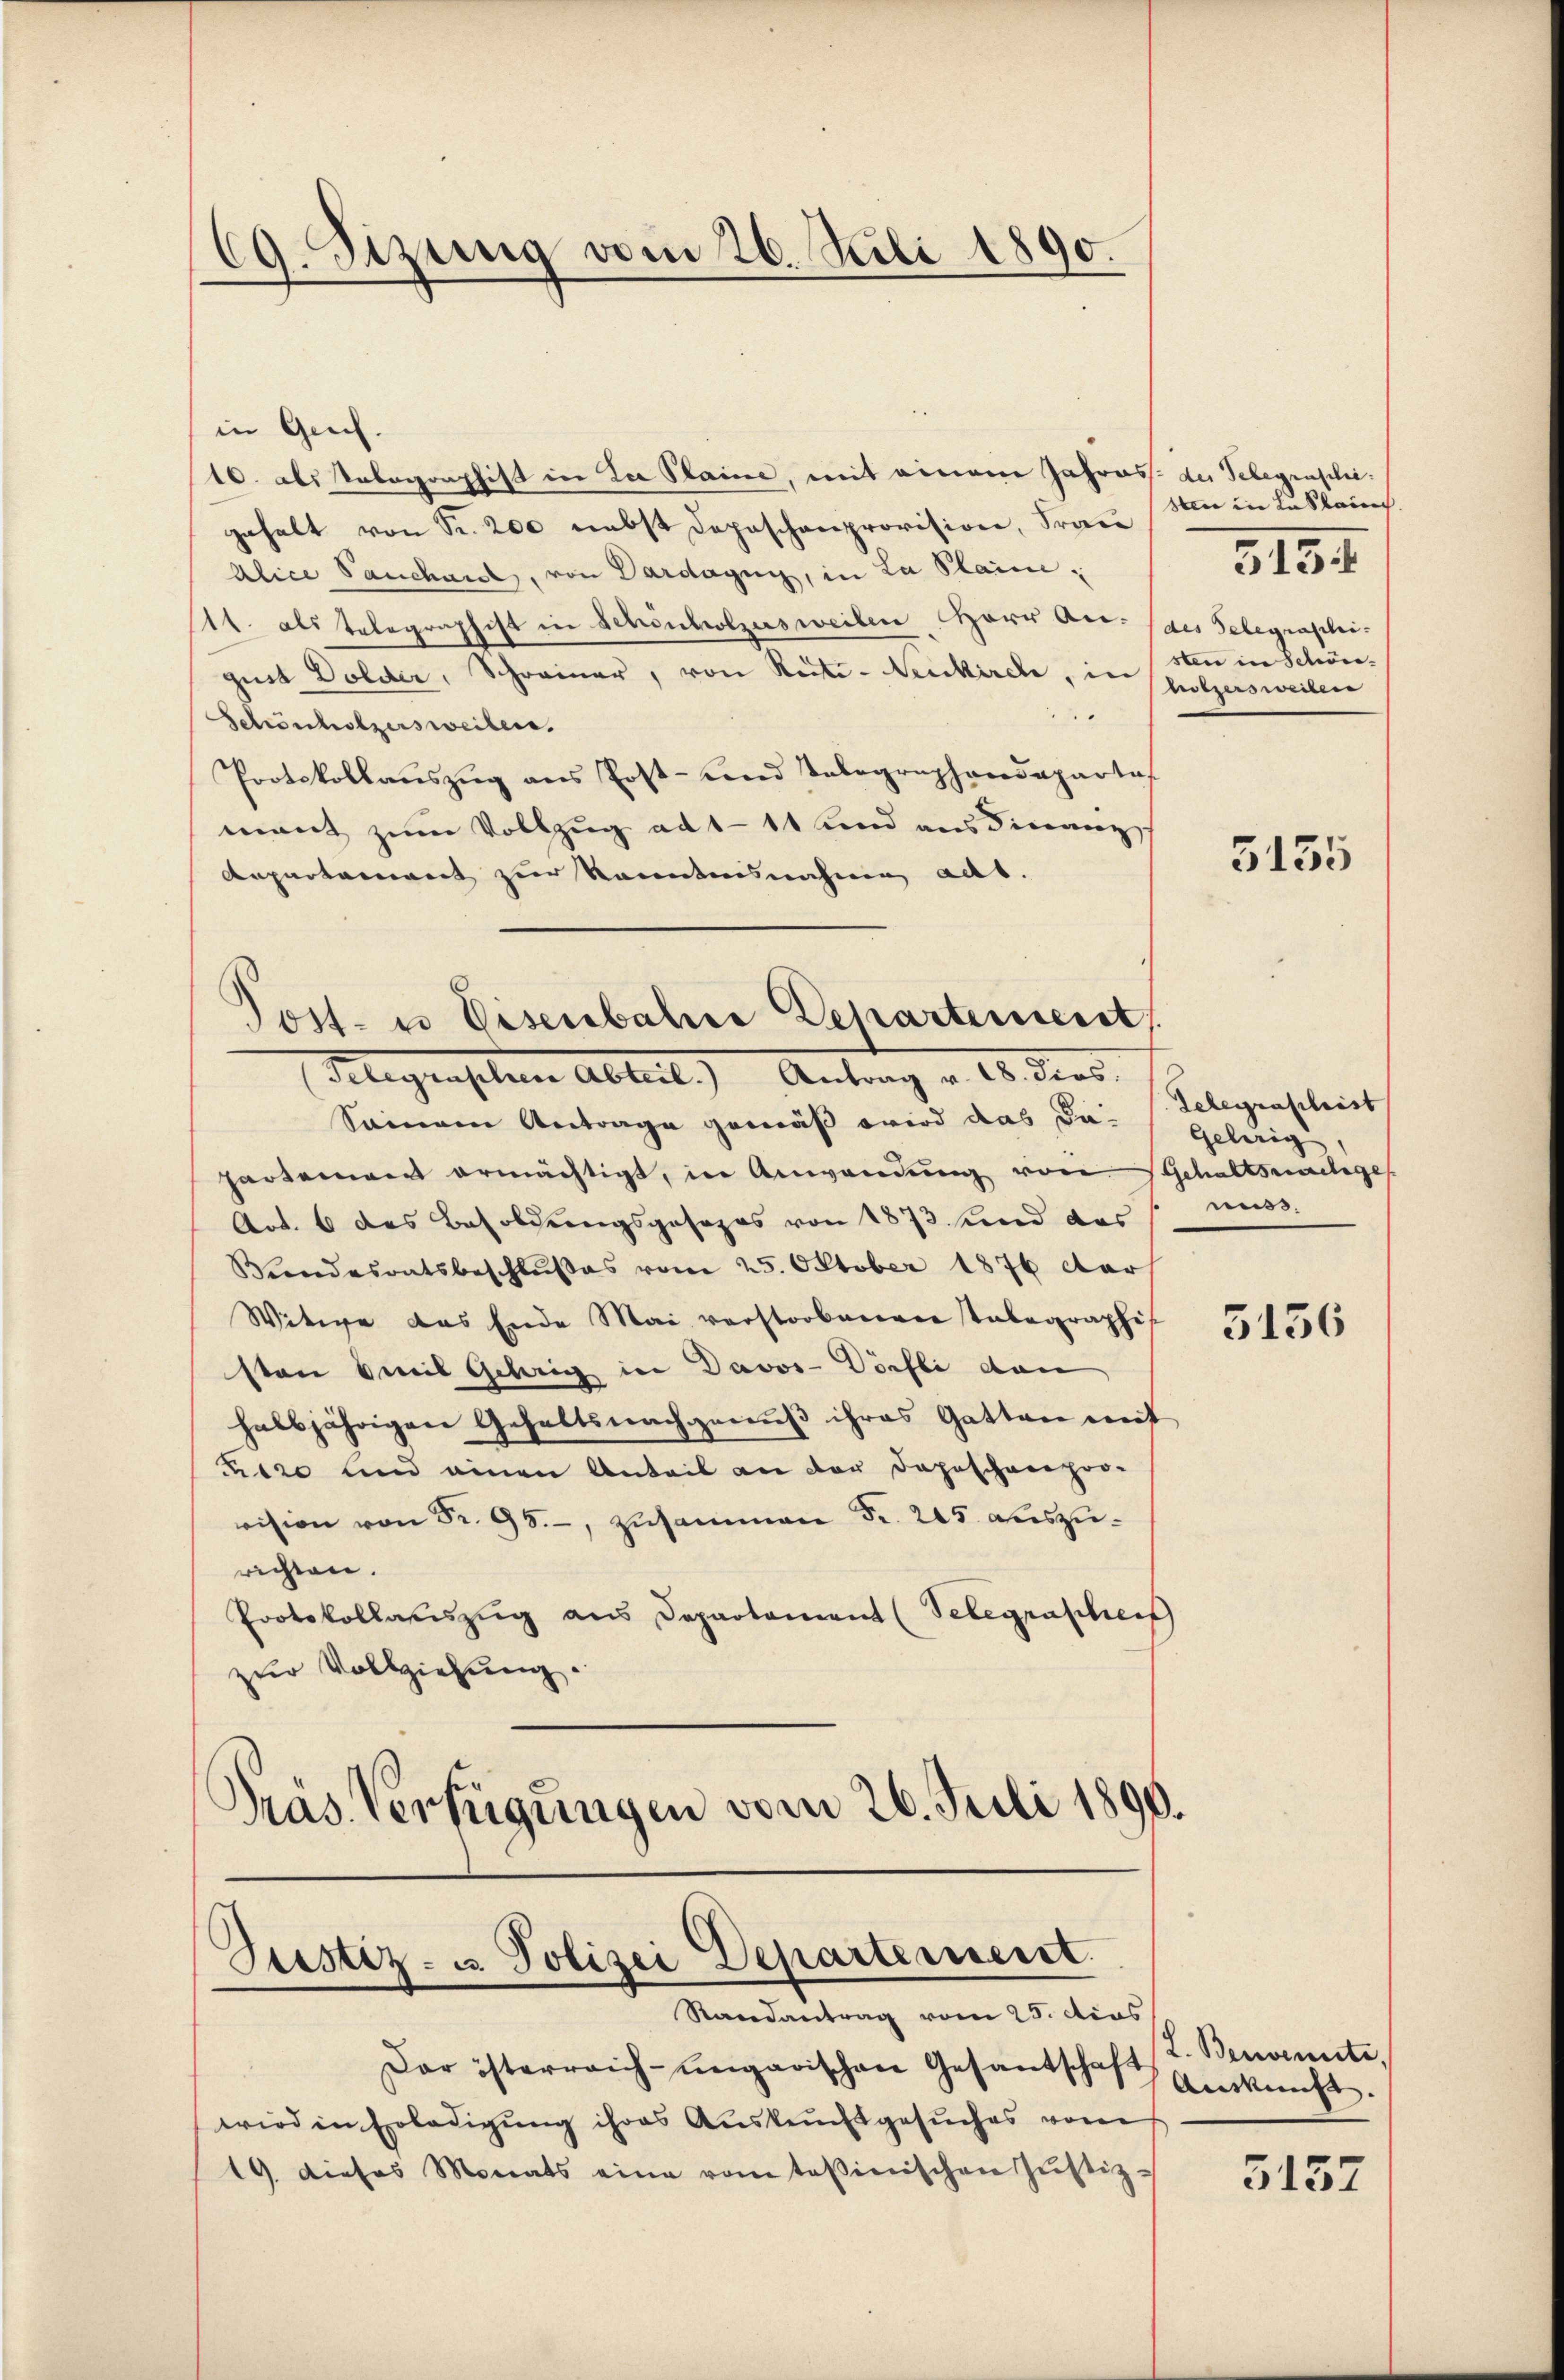
69. Sizung vom 26. Juli 1890.

in Greif.
10. als Tabogorphist in Zu Staine, mit einem Jahres der Telegrascheigehalt von Fr. 200 nebst Depeschenprovision, Frau
Alice Sanchard, von Dardagny, in La Plaine,
1t. als Telegraphist in Schönholzes weilen Herr Art. (des Telegraphi-
gust Dolder, Schreiner, von Reite - Neukirch, in
2
Schönholzersweilen.
Protokollaŭszŭg ans Post- und Telegraphendeparte
mant zum Vollzug ad 111 und aus Finanz
Repartement zur Kenntnisnahme aus.

Seinem Antrage gemäß wird das da-
parsament ermächtigt, in Anwendung von Schaltsnachges.
Art. 6 des Besoldungsposozos von 1873 sind das
Vindesratsbeschlŭβes vom 25. Oktober 1876 ctars
Witwe das Ende Mai verstorbenen tabegraphis
sten mit Gehörig in Davos- Dörfli dan
halbjährigen Gehaltsnachgenuß ihres Gatten mit
ntro und einen Anteil an der Depeschneehorvision von Fr. 95. zusammen Fr. 205 auszurichten.
Protokollauszug aus Departament (Telegrasheis
zur Vollziehung.
Gras Verfügungen vom 26. Juli 1890.

Dar österreich-ungarischen Gesandschaft Auskunft.
wird in Erledigŭng ihres Auskunftgesuches vor
19. dieses Monats eine vom tessinischen Jŭstiz-

Tost- u Eisenbahre Scharteniert,
(Telegraphen Abteil. Antrag v. 18. dies

Justiz- u. Polizei Departement.
Randantrag vom 25. dies

sten in Loslain.
sten in Schön.
nitzersweisen

313

5135

Telegraschrist
Gehörig
nuss.

5136

L. Benennte,

5137